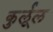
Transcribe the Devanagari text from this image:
कुर्लूल